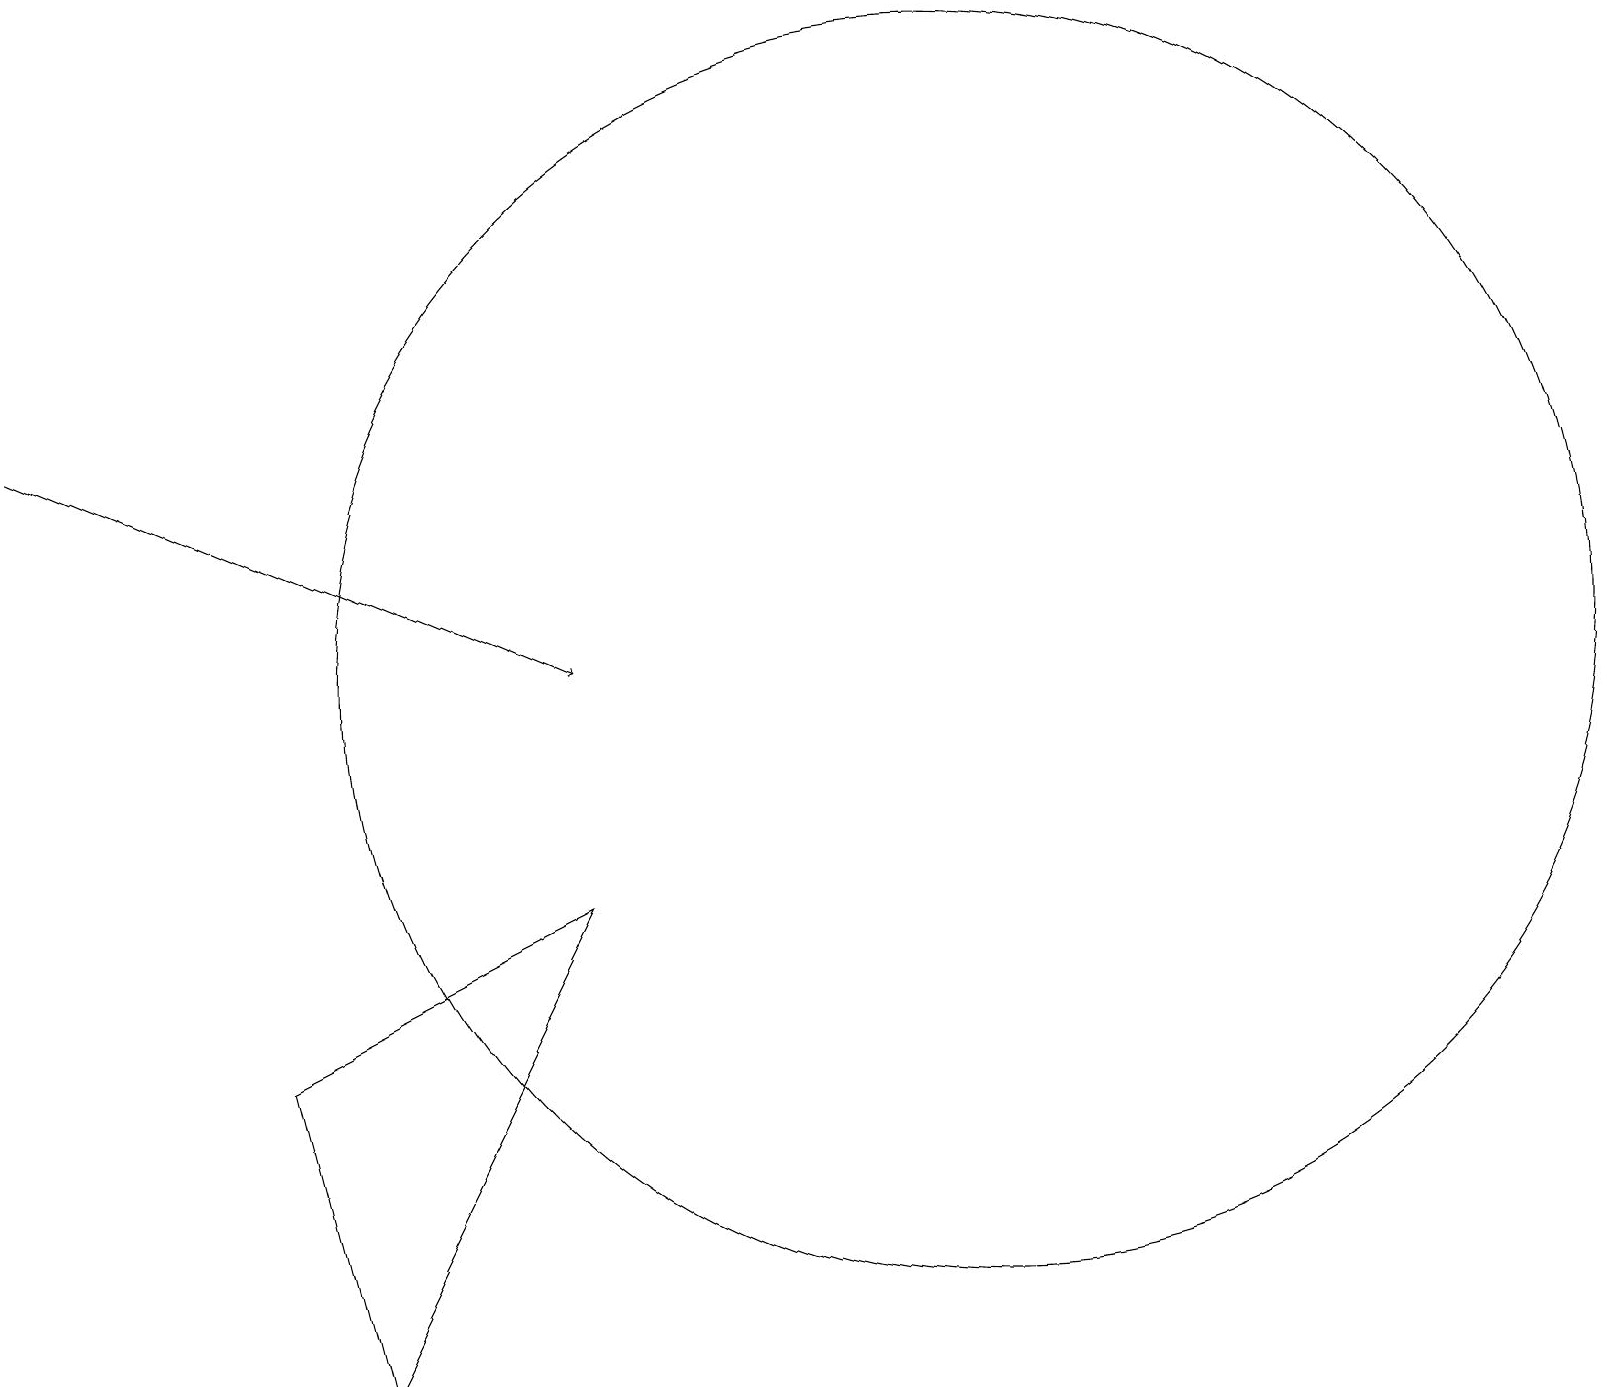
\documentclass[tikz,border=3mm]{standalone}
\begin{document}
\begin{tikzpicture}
\draw[->] (0,14) -- (7,11);
\draw (12,11) circle (8);
\draw (4,2) -- (3,6) -- (7,8) -- cycle;
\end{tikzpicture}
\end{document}